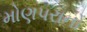
મોણપરાનો